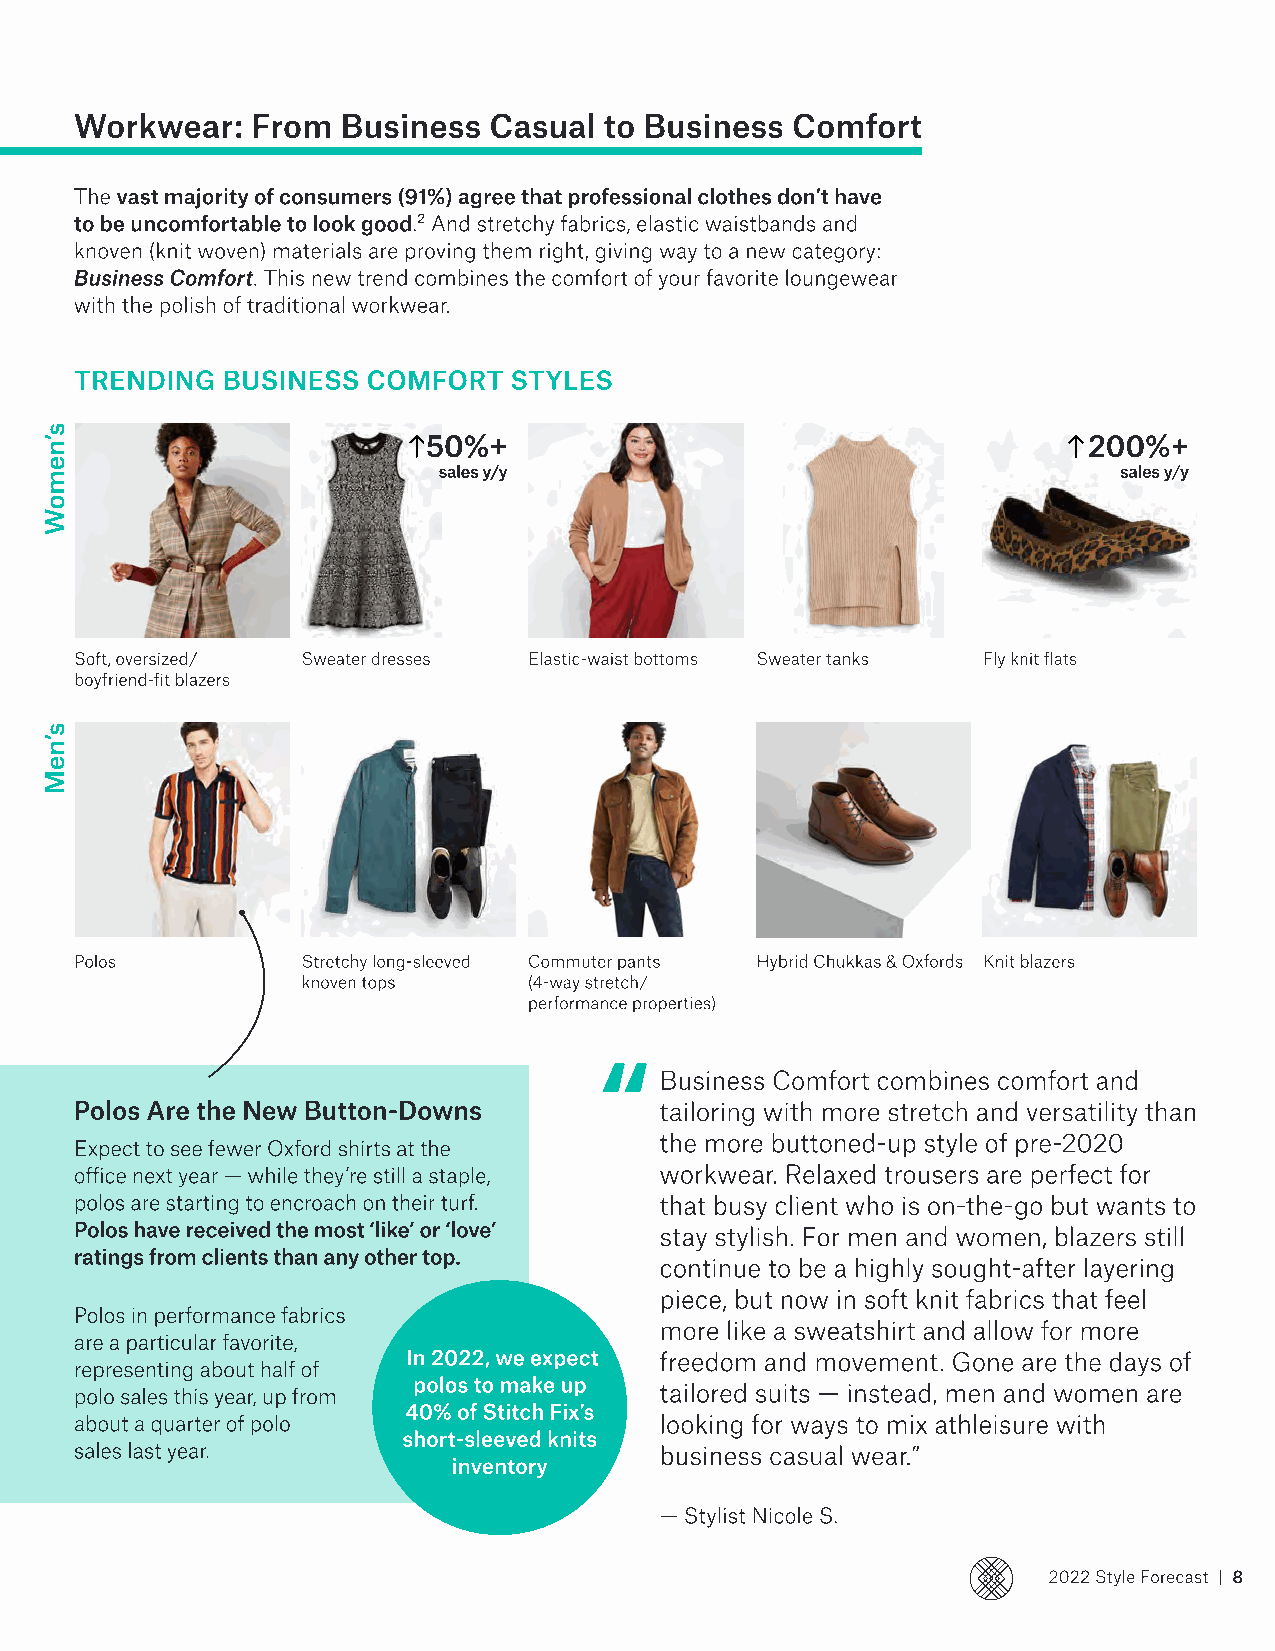
Workwear:   From  Business Casual  to Business Comfort
 The vast majority of consumers (91%) agree that professional clothes don’t have
 to be uncomfortable to look good.2 And stretchy fabrics, elastic waistbands and
 knoven (knit woven) materials are proving them right, giving way to a new category:
 Business Comfort. This new trend combines the comfort of your favorite loungewear
 with the polish of traditional workwear.
 Trending  Business Comfort   Styles
 50%+                                        200%+ 
 sales y/y                                    sales y/y
 Soft, oversized/ Sweater dresses Elastic-waist bottoms Sweater tanks Fly knit flats
 boyfriend-fit blazers
 Polos          Stretchy long-sleeved Commuter pants Hybrid Chukkas & Oxfords Knit blazers
 knoven tops    (4-way stretch/
 performance properties)
 “
 Business Comfort combines comfort and
 Polos Are the New Button-Downs         tailoring with more stretch and versatility than
 the more buttoned-up style of pre-2020
 Expect to see fewer Oxford shirts at the
 office next year — while they’re still a staple, workwear. Relaxed trousers are perfect for
 polos are starting to encroach on their turf. that busy client who is on-the-go but wants to
 Polos have received the most ‘like’ or ‘love’ stay stylish. For men and women, blazers still
 ratings from clients than any other top.
 continue to be a highly sought-after layering
 piece, but now in soft knit fabrics that feel
 Polos in performance fabrics
 more like a sweatshirt and allow for more
 are a particular favorite,
 In 2022, we expect freedom and movement. Gone are the days of
 representing about half of
 polo sales this year, up from polos to make up  tailored suits — instead, men and women are
 40% of Stitch Fix’s
 about a quarter of polo                looking for ways to mix athleisure with
 short-sleeved knits
 sales last year.                       business casual wear.”
 inventory
 — Stylist Nicole S.
 2022 Style Forecast | 8
 s’nemoW
 s’neM